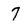
Character: 7